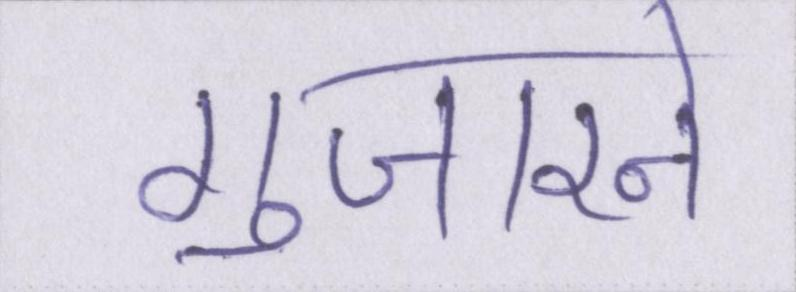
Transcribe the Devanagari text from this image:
गुजारने